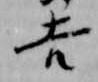
吉